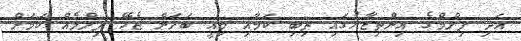
އަދި ފިލްމްގެ އިންތިޒާރުގައި ތިބި ކަމާއި މިއީ ބަލަން ޖެހޭ ފިލްމެއް ކަމަށް